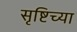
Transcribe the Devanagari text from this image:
सृष्टिच्या